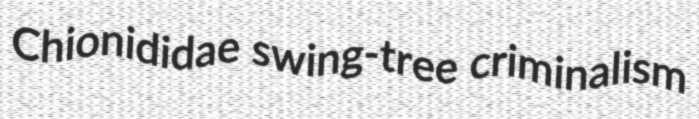
Chionididae swing-tree criminalism